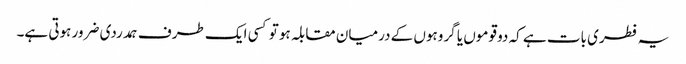
یہ فطری بات ہے کہ دو قوموں یا گروہوں کے درمیان مقابلہ ہو تو کسی ایک طرف ہمدردی ضرور ہوتی ہے۔